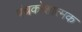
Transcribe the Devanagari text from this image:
पंचकोशात्मक